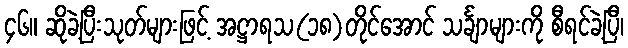
၄၆။ ဆိုခဲ့ပြီးသုတ်များဖြင့် အဋ္ဌာရသ(၁၈)တိုင်အောင် သင်္ချာများကို စီရင်ခဲ့ပြီ၊